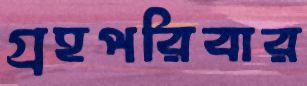
গ্রহপরিবার